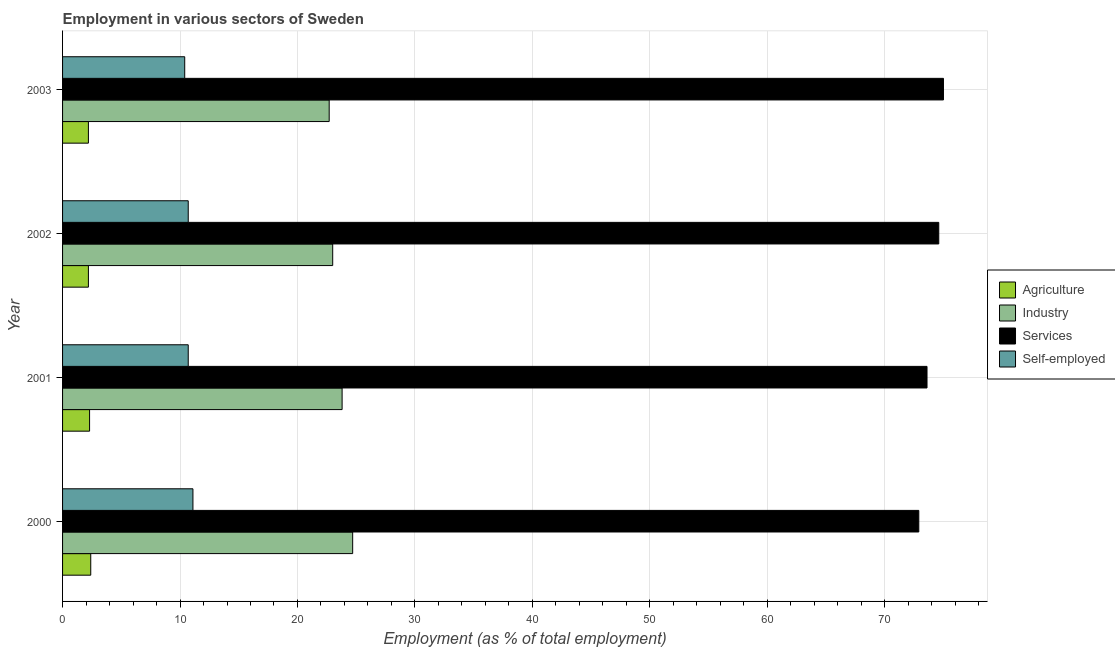
| Year | Agriculture | Industry | Services | Self-employed |
 | --- | --- | --- | --- | --- |
 | 2000 | 2.4 | 24.7 | 72.9 | 11.1 |
 | 2001 | 2.3 | 23.8 | 73.6 | 10.7 |
 | 2002 | 2.2 | 23 | 74.6 | 10.7 |
 | 2003 | 2.2 | 22.7 | 75 | 10.4 |